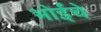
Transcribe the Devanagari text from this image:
भोईंचे